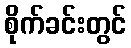
စိုက်ခင်းတွင်